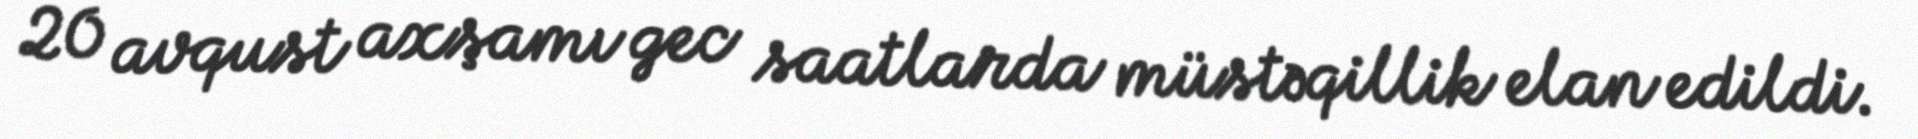
20 avqust axşamı gec saatlarda müstəqillik elan edildi.